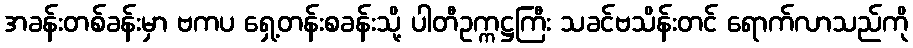
အခန်းတစ်ခန်းမှာ ဗကပ ရှေ့တန်းစခန်းသို့ ပါတီဥက္ကဋ္ဌကြီး သခင်ဗသိန်းတင် ရောက်လာသည်ကို